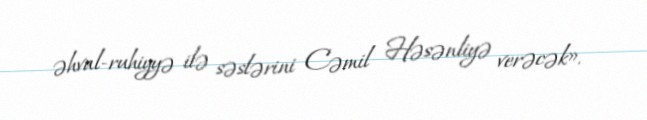
əhval-ruhiyyə ilə səslərini Cəmil Həsənliyə verəcək».